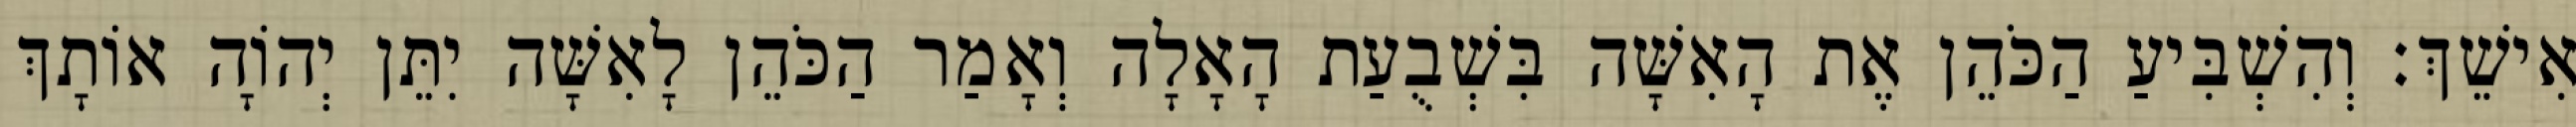
אִישֵׁךְ׃ וְהִשְׁבִּיעַ הַכֹּהֵן אֶת הָאִשָּׁה בִּשְׁבֻעַת הָאָלָה וְאָמַר הַכֹּהֵן לָאִשָּׁה יִתֵּן יְהוָֹה אוֹתָךְ